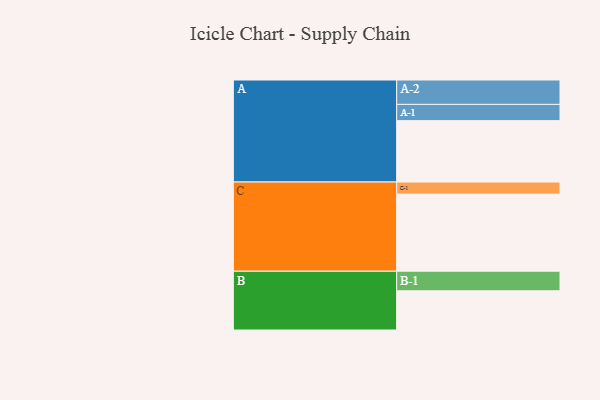
{"axis": {"x": "Segment", "y": "Value"}, "legend": ["", "A", "B", "C"], "data": [{"x": "A", "y": 473, "type": ""}, {"x": "B", "y": 302, "type": ""}, {"x": "C", "y": 594, "type": ""}, {"x": "A-1", "y": 125, "type": "A"}, {"x": "A-2", "y": 188, "type": "A"}, {"x": "B-1", "y": 151, "type": "B"}, {"x": "C-1", "y": 93, "type": "C"}]}